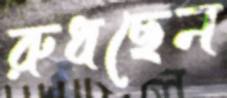
রুধছেন